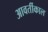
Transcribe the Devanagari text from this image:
आवर्तीकाल